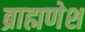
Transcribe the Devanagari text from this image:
ब्राह्मणेश